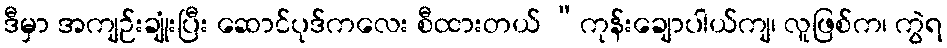
ဒီမှာ အကျဉ်းချုံးပြီး ဆောင်ပုဒ်ကလေး စီထားတယ် “ကုန်းချောပါယ်ကျ၊ လူဖြစ်က၊ ကွဲရ